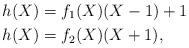
LaTeX: \begin{align*} h(X) &= f_1(X) (X-1) + 1 \\ h(X) &= f_2(X) (X+1), \end{align*}